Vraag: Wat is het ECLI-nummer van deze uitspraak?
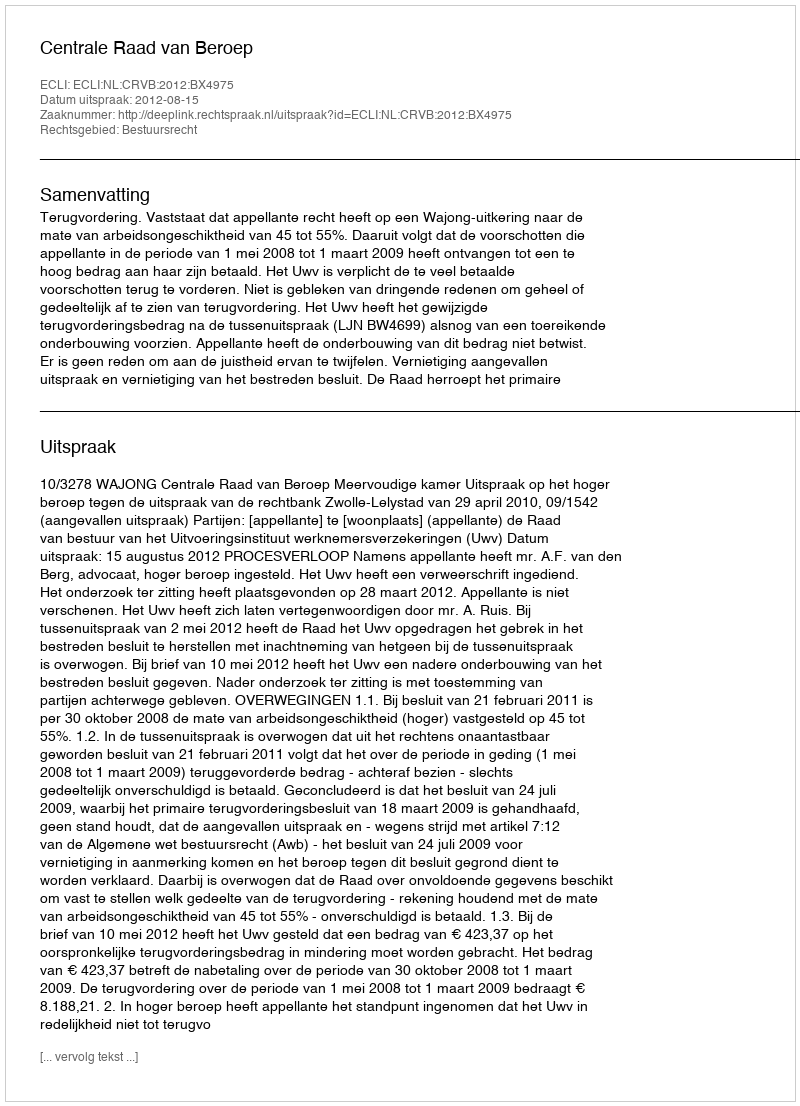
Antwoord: ECLI:NL:CRVB:2012:BX4975